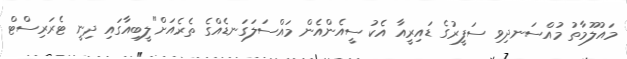
މައުލޫމާތު މުއްސަނދިވި ސަފީރުގެ ޑައިރީއާ އެކު ސީއެންއެން މައްސަލަގަނޑެއްގެ ތެރެއަށް"ލީބިއާގައި ދިނީ ޓެރަރިސްޓް